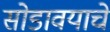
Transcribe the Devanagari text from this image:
सोडावयाचे